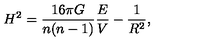
H ^ { 2 } = \frac { 1 6 \pi G } { n ( n - 1 ) } \frac { E } { V } - \frac { 1 } { R ^ { 2 } } ,